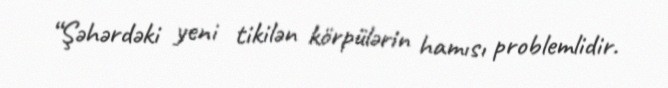
“Şəhərdəki yeni tikilən körpülərin hamısı problemlidir.